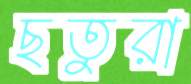
ছতুরা